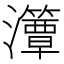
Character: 㶘